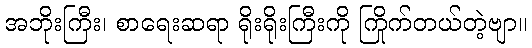
အဘိုးကြီး၊ စာရေးဆရာ ရိုးရိုးကြီးကို ကြိုက်တယ်တဲ့ဗျာ။